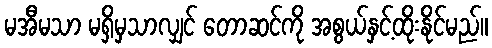
မအီမသာ မရှိမှသာလျှင် တောဆင်ကို အစွယ်နှင့်ထိုးနိုင်မည်။